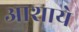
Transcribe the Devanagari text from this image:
आशाये